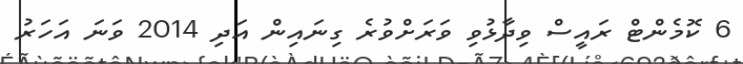
6 ކޮމެންޓް ރައީސް ވިދާޅުވި ވަރަށްވުރެ ގިނައިން އަދި 2014 ވަނަ އަހަރު